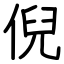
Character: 倪